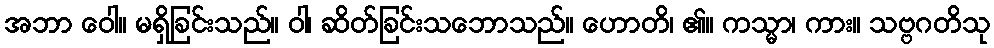
အဘာ ဝေါ။ မရှိခြင်းသည်။ ဝါ၊ ဆိတ်ခြင်းသဘောသည်။ ဟောတိ၊ ၏။ ကသ္မာ၊ ကား။ သဗ္ဗဂတိသု